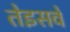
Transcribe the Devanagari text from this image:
तेइसवे